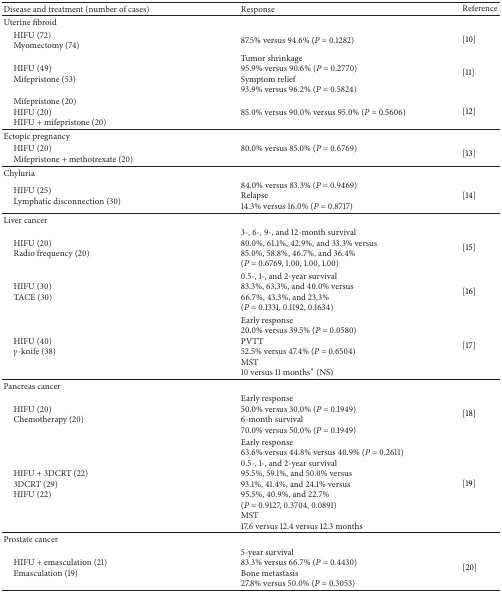
<table><thead><tr><td><b>Disease and treatment (number of cases)</b></td><td><b>Response </b></td><td><b>Reference</b></td></tr></thead><tbody><tr><td>Uterine fibroid </td><td> </td><td> </td></tr><tr><td> HIFU (72) Myomectomy (74)</td><td>87.5% versus 94.6% (<i>P</i> = 0.1282)</td><td>[10]</td></tr><tr><td> HIFU (49) Mifepristone (53)</td><td>Tumor shrinkage95.9% versus 90.6% (<i>P</i> = 0.2770)Symptom relief93.9% versus 96.2% (<i>P</i> = 0.5824)</td><td>[11] </td></tr><tr><td> Mifepristone (20) HIFU (20) HIFU + mifepristone (20)</td><td>85.0% versus 90.0% versus 95.0% (<i>P</i> = 0.5606)</td><td>[12]</td></tr><tr><td>Ectopic pregnancy</td><td> </td><td> </td></tr><tr><td> HIFU (20) Mifepristone + methotrexate (20)</td><td>80.0% versus 85.0% (<i>P</i> = 0.6769)</td><td>[13]</td></tr><tr><td>Chyluria </td><td> </td><td> </td></tr><tr><td> HIFU (25) Lymphatic disconnection (30)</td><td>84.0% versus 83.3% (<i>P</i> = 0.9469) Relapse 14.3% versus 16.0% (<i>P</i> = 0.8717)</td><td>[14]</td></tr><tr><td>Liver cancer</td><td> </td><td> </td></tr><tr><td> HIFU (20) Radio frequency (20)</td><td>3-, 6-, 9-, and 12-month survival 80.0%, 61.1%, 42.9%, and 33.3% versus85.0%, 58.8%, 46.7%, and 36.4%(<i>P</i> = 0.6769, 1.00, 1.00, 1.00)</td><td>[15]</td></tr><tr><td> HIFU (30) TACE (30)</td><td>0.5-, 1-, and 2-year survival 83.3%, 63.3%, and 40.0% versus66.7%, 43.3%, and 23.3%(<i>P</i> = 0.1331, 0.1192, 0.1634)</td><td>[16]</td></tr><tr><td> HIFU (40) <i>γ</i>-knife (38)</td><td>Early response 20.0% versus 39.5% (<i>P</i> = 0.0580)PVTT52.5% versus 47.4% (<i>P</i> = 0.6504)MST10 versus 11 months* (NS)</td><td>[17]</td></tr><tr><td>Pancreas cancer</td><td> </td><td> </td></tr><tr><td> HIFU (20) Chemotherapy (20)</td><td>Early response50.0% versus 30.0% (<i>P</i> = 0.1949) 6-month survival70.0% versus 50.0% (<i>P</i> = 0.1949)</td><td>[18]</td></tr><tr><td> HIFU + 3DCRT (22) 3DCRT (29) HIFU (22)</td><td>Early response63.6% versus 44.8% versus 40.9% (<i>P</i> = 0.2611)0.5-, 1-, and 2-year survival95.5%, 59.1%, and 50.0% versus93.1%, 41.4%, and 24.1% versus95.5%, 40.9%, and 22.7%(<i>P</i> = 0.9127, 0.3704, 0.0891)MST17.6 versus 12.4 versus 12.3 months</td><td>[19]</td></tr><tr><td>Prostate cancer</td><td> </td><td> </td></tr><tr><td> HIFU + emasculation (21) Emasculation (19)</td><td>5-year survival83.3% versus 66.7% (<i>P</i> = 0.4430)Bone metastasis27.8% versus 50.0% (<i>P</i> = 0.3053)</td><td>[20]</td></tr></tbody></table>